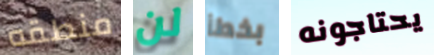
منطقه لن بخطأ يحتاجونه